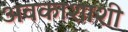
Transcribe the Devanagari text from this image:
अवकाशाशी